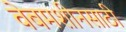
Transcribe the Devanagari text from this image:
वेबमशीनसाठी